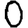
Digit: 0